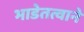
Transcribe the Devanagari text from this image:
भाडेतत्वाने